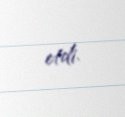
etdi.